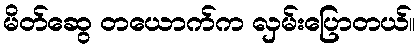
မိတ်ဆွေ တယောက်က လှမ်းပြောတယ်။